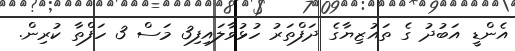
އެންޑީ އަބުދު ގެ ތައުޒިޔާގެ ދަފްތަރު ހުޅުވާލައިފި3 މަސް 3 ހަފްތާ ކުރިން.